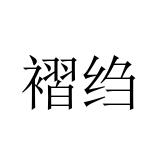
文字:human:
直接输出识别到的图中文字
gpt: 褶绉